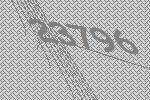
23796